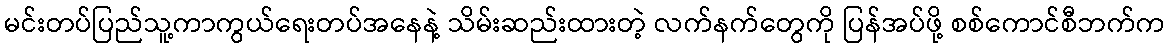
မင်းတပ်ပြည်သူ့ကာကွယ်ရေးတပ်အနေနဲ့ သိမ်းဆည်းထားတဲ့ လက်နက်တွေကို ပြန်အပ်ဖို့ စစ်ကောင်စီဘက်က